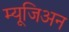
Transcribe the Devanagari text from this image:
म्यूजिअन